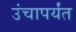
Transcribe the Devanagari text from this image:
उंचापर्यंत